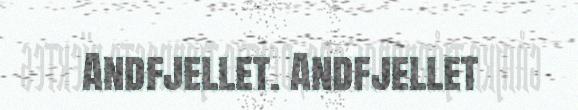
Andfjellet. Andfjellet